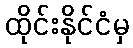
ထိုင်းနိုင်ငံမှ